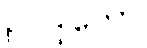
ဥပဒ္ဒုတော